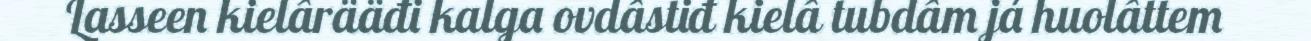
Lasseen kielârääđi kalga ovdâstiđ kielâ tubdâm já huolâttem